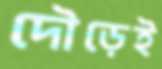
দৌড়েই